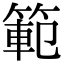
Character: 範